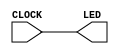
`timescale 1ns / 1ps
//////////////////////////////////////////////////////////////////////////////////
// Company: 
// Engineer: 
// 
// Design Name: 
// Module Name: blinky
// Project Name: 
// Target Devices: 
// Tool Versions: 
// Description: 
// 
// Dependencies: 
// 
// Revision:
// Revision 0.01 - File Created
// Additional Comments:
// 
//////////////////////////////////////////////////////////////////////////////////


module blinky( input CLOCK,
               output LED

    );
    
    assign LED = CLOCK;
    
endmodule